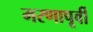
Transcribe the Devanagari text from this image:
मरणापूर्वी